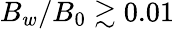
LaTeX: B_{w}/B_{0}\gtrsim 0.01